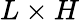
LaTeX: L\times H